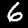
Label: 6